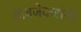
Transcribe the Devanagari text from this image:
डावजेकरांना